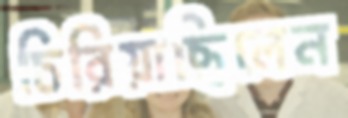
চিরিয়াছিলেন